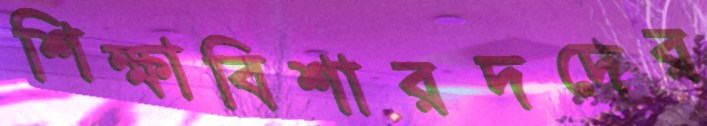
শিক্ষাবিশারদদের